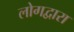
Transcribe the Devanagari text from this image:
लोगद्वारा